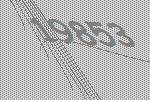
19853